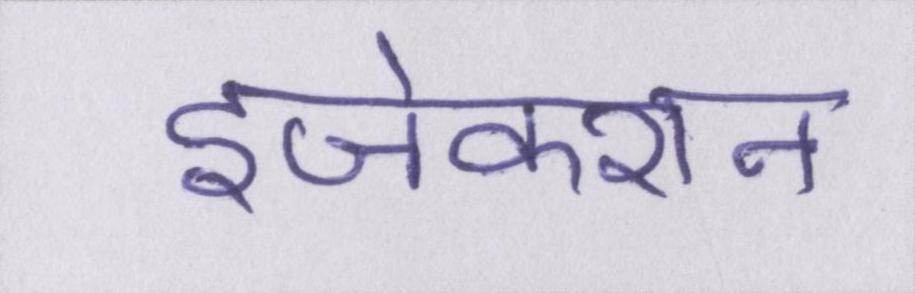
इंजेक्शन